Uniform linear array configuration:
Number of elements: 48
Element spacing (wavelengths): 0.5
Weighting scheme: blackman
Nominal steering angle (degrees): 45
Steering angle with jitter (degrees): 44.435
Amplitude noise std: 0.05
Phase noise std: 0.05

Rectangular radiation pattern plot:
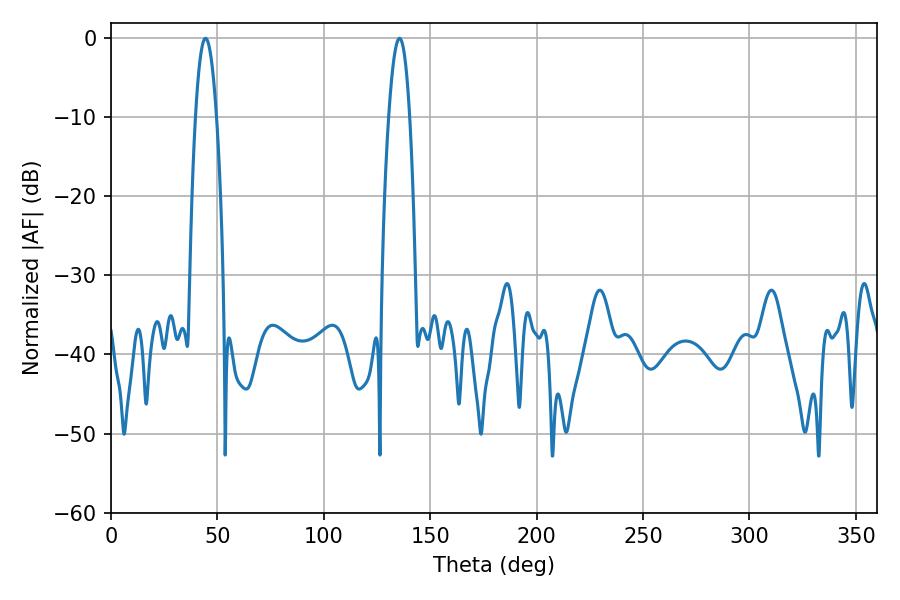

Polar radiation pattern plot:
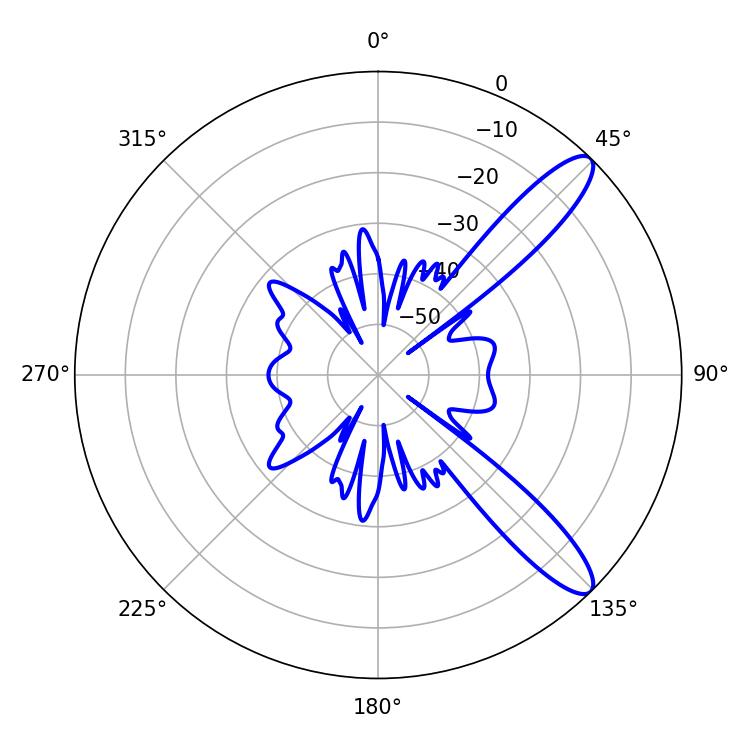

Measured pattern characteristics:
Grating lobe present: FALSE
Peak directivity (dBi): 11.445
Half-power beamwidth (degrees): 5.4
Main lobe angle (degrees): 44.46